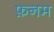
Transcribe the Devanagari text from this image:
फ़नम